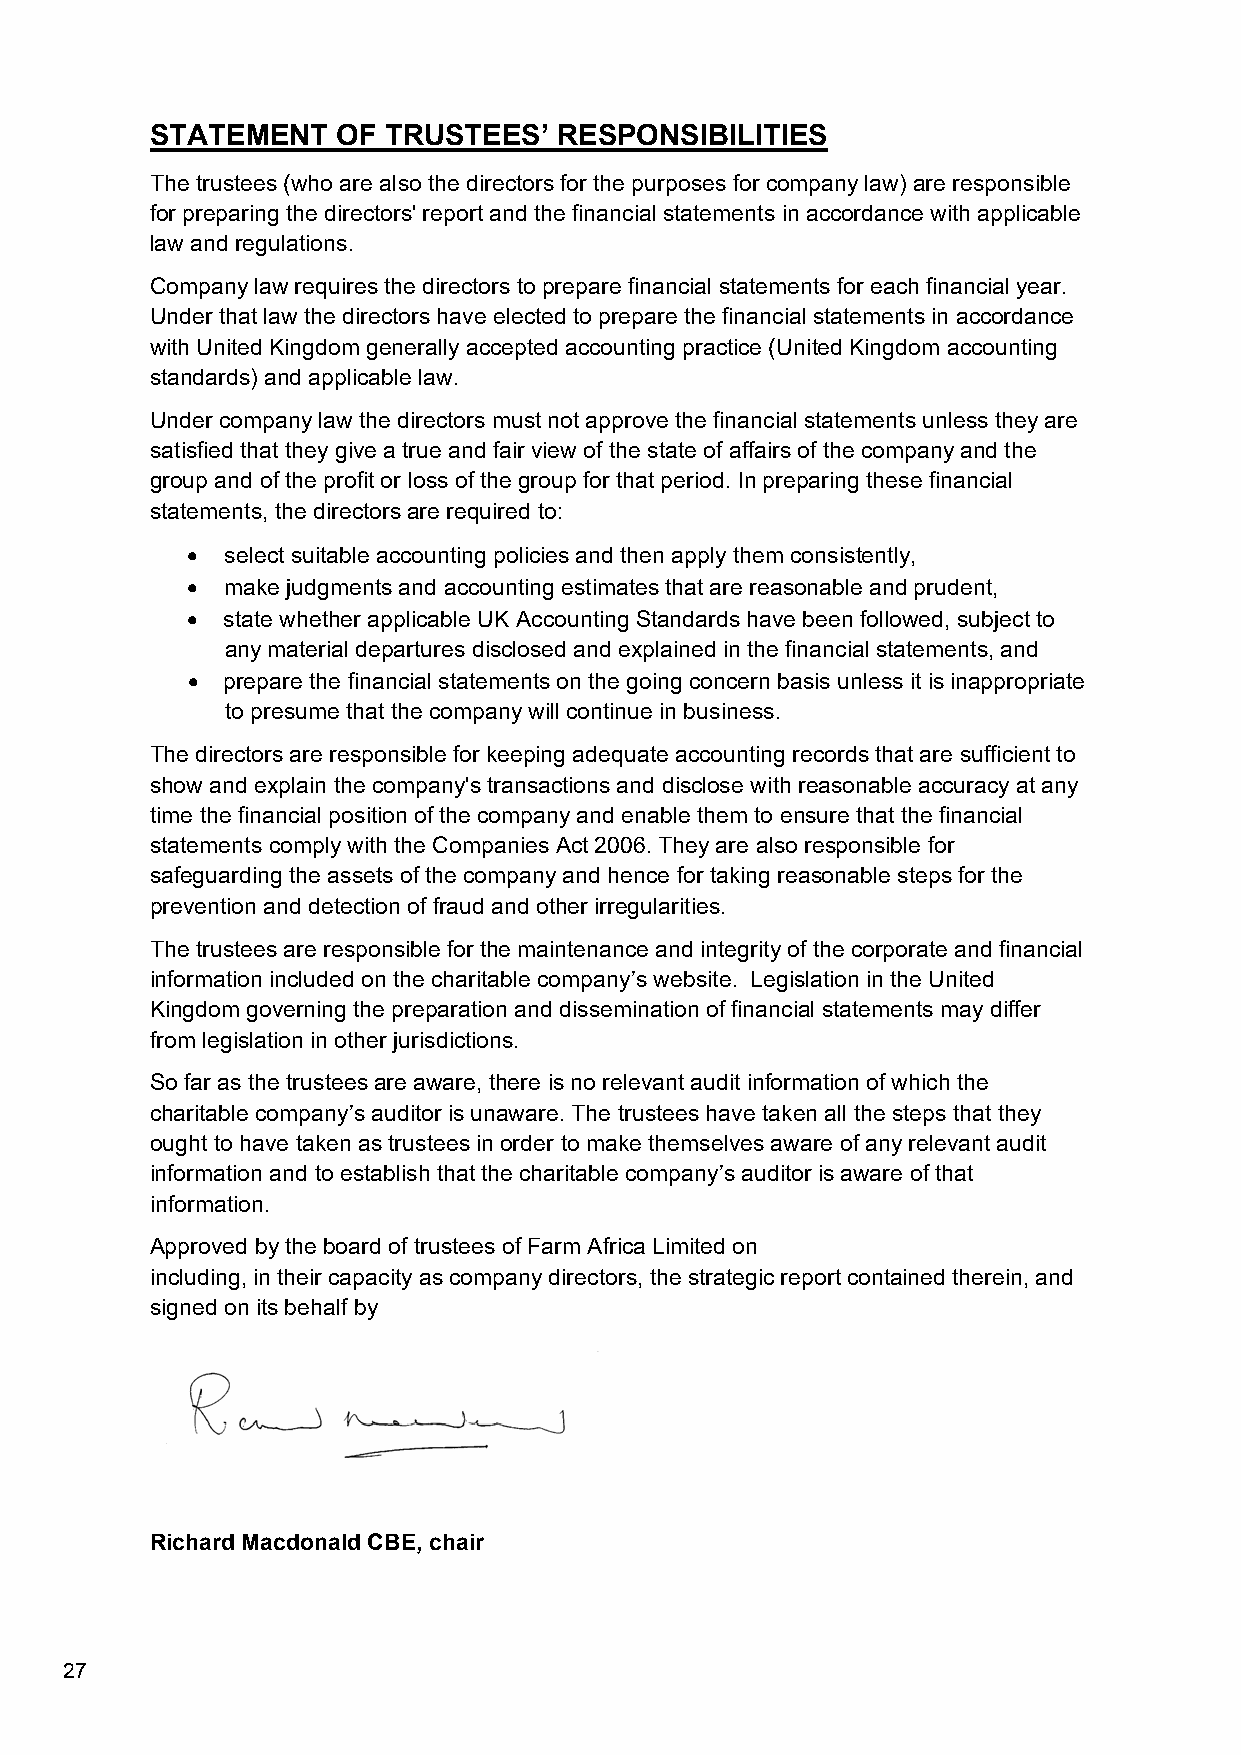
STATEMENT   OF TRUSTEES’   RESPONSIBILITIES
 The trustees (who are also the directors for the purposes for company law) are responsible
 for preparing the directors' report and the financial statements in accordance with applicable
 law and regulations.
 Company law requires the directors to prepare financial statements for each financial year.
 Under that law the directors have elected to prepare the financial statements in accordance
 with United Kingdom generally accepted accounting practice (United Kingdom accounting
 standards) and applicable law.
 Under company law the directors must not approve the financial statements unless they are
 satisfied that they give a true and fair view of the state of affairs of the company and the
 group and of the profit or loss of the group for that period. In preparing these financial
 statements, the directors are required to:
   select suitable accounting policies and then apply them consistently,
   make judgments and accounting estimates that are reasonable and prudent,
   state whether applicable UK Accounting Standards have been followed, subject to
 any material departures disclosed and explained in the financial statements, and
   prepare the financial statements on the going concern basis unless it is inappropriate
 to presume that the company will continue in business.
 The directors are responsible for keeping adequate accounting records that are sufficient to
 show and explain the company's transactions and disclose with reasonable accuracy at any
 time the financial position of the company and enable them to ensure that the financial
 statements comply with the Companies Act 2006. They are also responsible for
 safeguarding the assets of the company and hence for taking reasonable steps for the
 prevention and detection of fraud and other irregularities.
 The trustees are responsible for the maintenance and integrity of the corporate and financial
 information included on the charitable company’s website. Legislation in the United
 Kingdom governing the preparation and dissemination of financial statements may differ
 from legislation in other jurisdictions.
 So far as the trustees are aware, there is no relevant audit information of which the
 charitable company’s auditor is unaware. The trustees have taken all the steps that they
 ought to have taken as trustees in order to make themselves aware of any relevant audit
 information and to establish that the charitable company’s auditor is aware of that
 information.
 Approved by the board of trustees of Farm Africa Limited on
 including, in their capacity as company directors, the strategic report contained therein, and
 signed on its behalf by
 Richard Macdonald CBE, chair
 27